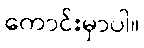
ကောင်းမှာပါ။